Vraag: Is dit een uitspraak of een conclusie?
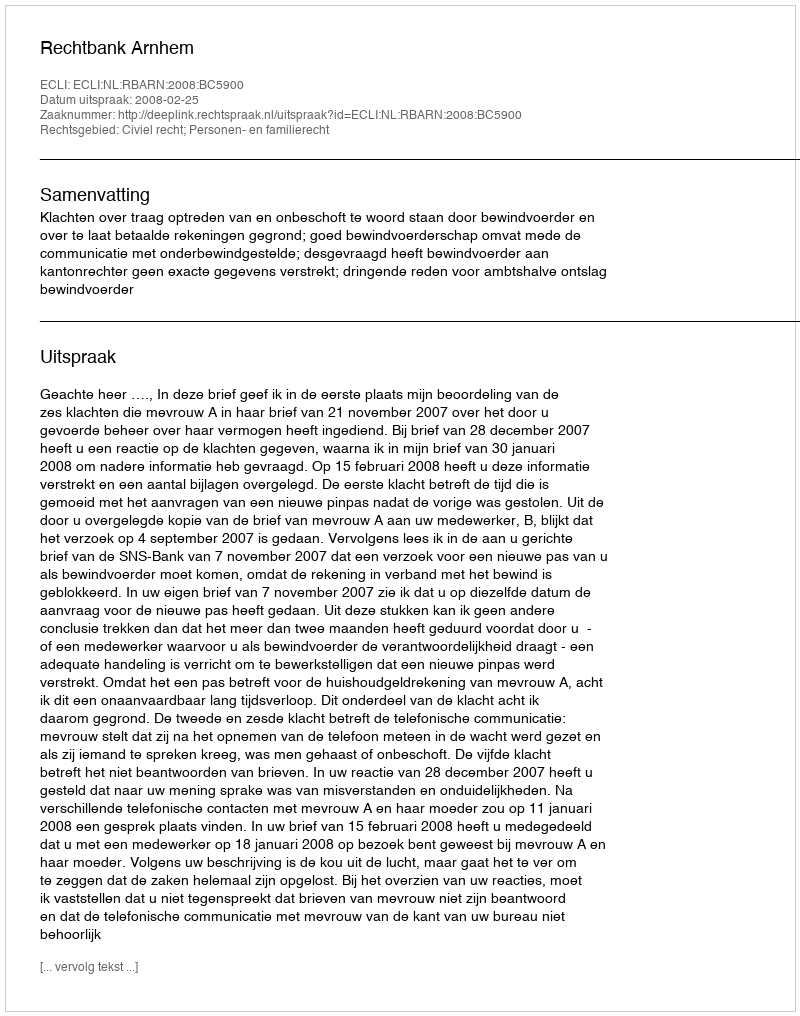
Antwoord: Uitspraak